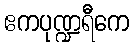
ဧကပုဏ္ဍရီကေ